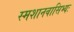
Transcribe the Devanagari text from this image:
स्मशानवासिभ्यः